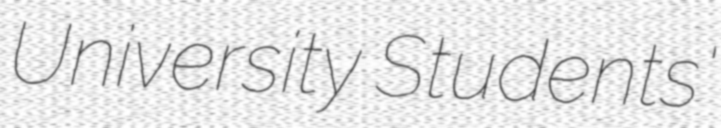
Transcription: University Students'